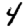
Digit: 4